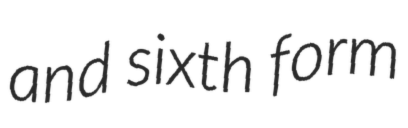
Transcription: and sixth form